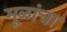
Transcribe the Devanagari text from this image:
मूळांचा